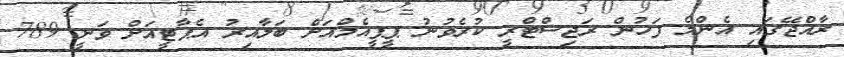
ރާއްޖޭގައި އެންމެ ފަހުން ރަޖިސްޓްރީ ކުރެވުނު ޕީޕީއެމްއަށް ބަލާއިރު އެޕާޓީއަށް ވަނީ 789